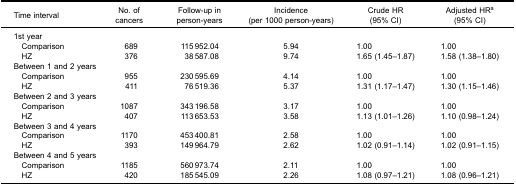
| Time interval | No. ofcancers | Follow-up inperson-years | Incidence(per 1000 person-years) | Crude HR(95% CI) | Adjusted HRa(95% CI) |
 | --- | --- | --- | --- | --- | --- |
 | 1st year |  |  |  |  |  |
 | Comparison | 689 | 115 952.04 | 5.94 | 1.00 | 1.00 |
 | HZ | 376 | 38 587.08 | 9.74 | 1.65 (1.45–1.87) | 1.58 (1.38–1.80) |
 | <COLSPAN=2> Between 1 and 2 years |  |  |  |  |
 | Comparison | 955 | 230 595.69 | 4.14 | 1.00 | 1.00 |
 | HZ | 411 | 76 519.36 | 5.37 | 1.31 (1.17–1.47) | 1.30 (1.15–1.46) |
 | <COLSPAN=2> Between 2 and 3 years |  |  |  |  |
 | Comparison | 1087 | 343 196.58 | 3.17 | 1.00 | 1.00 |
 | HZ | 407 | 113 653.53 | 3.58 | 1.13 (1.01–1.26) | 1.10 (0.98–1.24) |
 | <COLSPAN=2> Between 3 and 4 years |  |  |  |  |
 | Comparison | 1170 | 453 400.81 | 2.58 | 1.00 | 1.00 |
 | HZ | 393 | 149 964.79 | 2.62 | 1.02 (0.91–1.14) | 1.02 (0.91–1.15) |
 | <COLSPAN=2> Between 4 and 5 years |  |  |  |  |
 | Comparison | 1185 | 560 973.74 | 2.11 | 1.00 | 1.00 |
 | HZ | 420 | 185 545.09 | 2.26 | 1.08 (0.97–1.21) | 1.08 (0.96–1.21) |